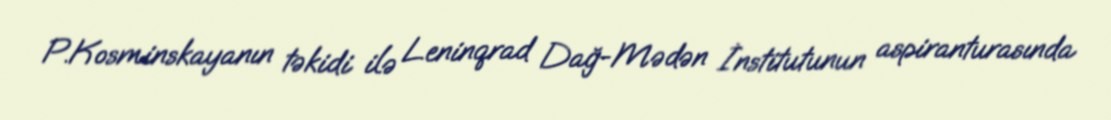
P.Kosminskayanın təkidi ilə Leninqrad Dağ-Mədən İnstitutunun aspiranturasında